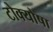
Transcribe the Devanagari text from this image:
टोक्योषा